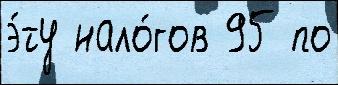
э́ту нало́гов 95 по